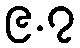
၉.၇